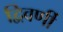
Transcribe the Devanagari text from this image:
द्विवर्णी